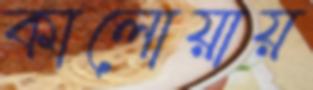
কালোয়ায়